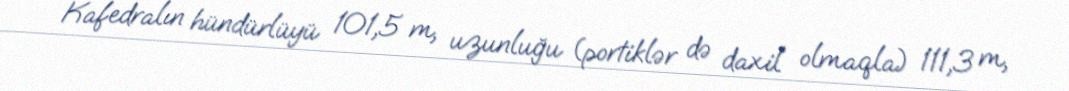
Kafedralın hündürlüyü 101,5 m, uzunluğu (portiklər də daxil olmaqla) 111,3 m,